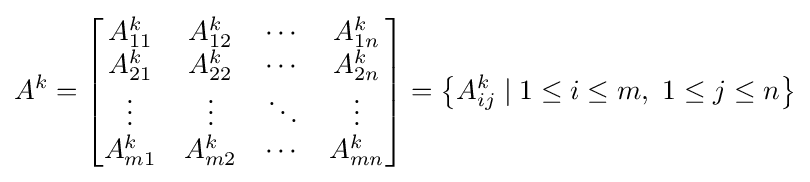
A^{k}={\begin{bmatrix}A_{11}^{k}&A_{12}^{k}&\cdots &A_{1n}^{k}\\A_{21}^{k}&A_{22}^{k}&\cdots &A_{2n}^{k}\\\vdots &\vdots &\ddots &\vdots \\A_{m1}^{k}&A_{m2}^{k}&\cdots &A_{mn}^{k}\end{bmatrix}}=\left\{A_{ij}^{k}\mid 1\leq i\leq m,\ 1\leq j\leq n\right\}